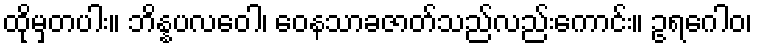
ထိုမှတပါး။ ဘိန္နပလဝေါ၊ ဝေနသာခဇာတ်သည်လည်းကောင်း။ ဥရဂေါဝ၊